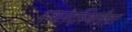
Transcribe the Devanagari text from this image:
स्वानंदस्थितीवर